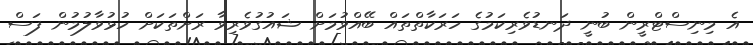
އެ މިނިސްޓްރީން ބުނީ ދަނޑުވެރިކަމުގެ ހަރަކާތްތައް ބޭއްވުމަށް ޝައުގުވެރިވާ ރަށްތަކަށް ހުޅުވާލުމުން ފަސް